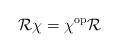
LaTeX: \begin{align*} \mathcal{R}\chi=\chi^\mathrm{op}\mathcal{R}\end{align*}